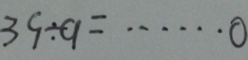
3 9 \div a = \cdots 0